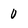
Character: 0